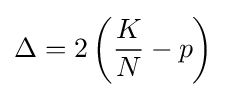
\Delta =2\left({\frac {K}{N}}-p\right)